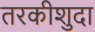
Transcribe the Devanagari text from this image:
तरकीशुदा